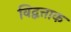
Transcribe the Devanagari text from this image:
विद्वत्ताक